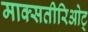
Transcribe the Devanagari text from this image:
माक्सतीरिओट्